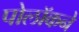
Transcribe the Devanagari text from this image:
पोलॉकने